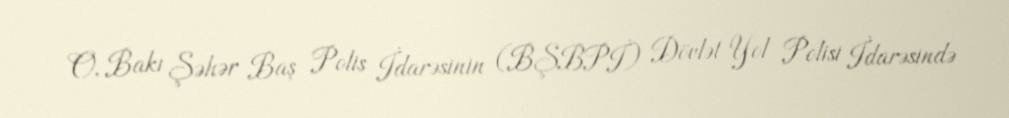
O, Bakı Şəhər Baş Polis İdarəsinin (BŞBPİ) Dövlət Yol Polisi İdarəsində